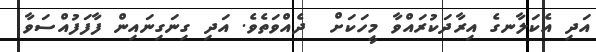
އަދި އެކަލާނގެ އިރާދަކުރައްވާ މީހަކަށް  ދެއްވަތެވެ. އަދި ގިނަގިނައިން ފާފަފުއްސަވާ